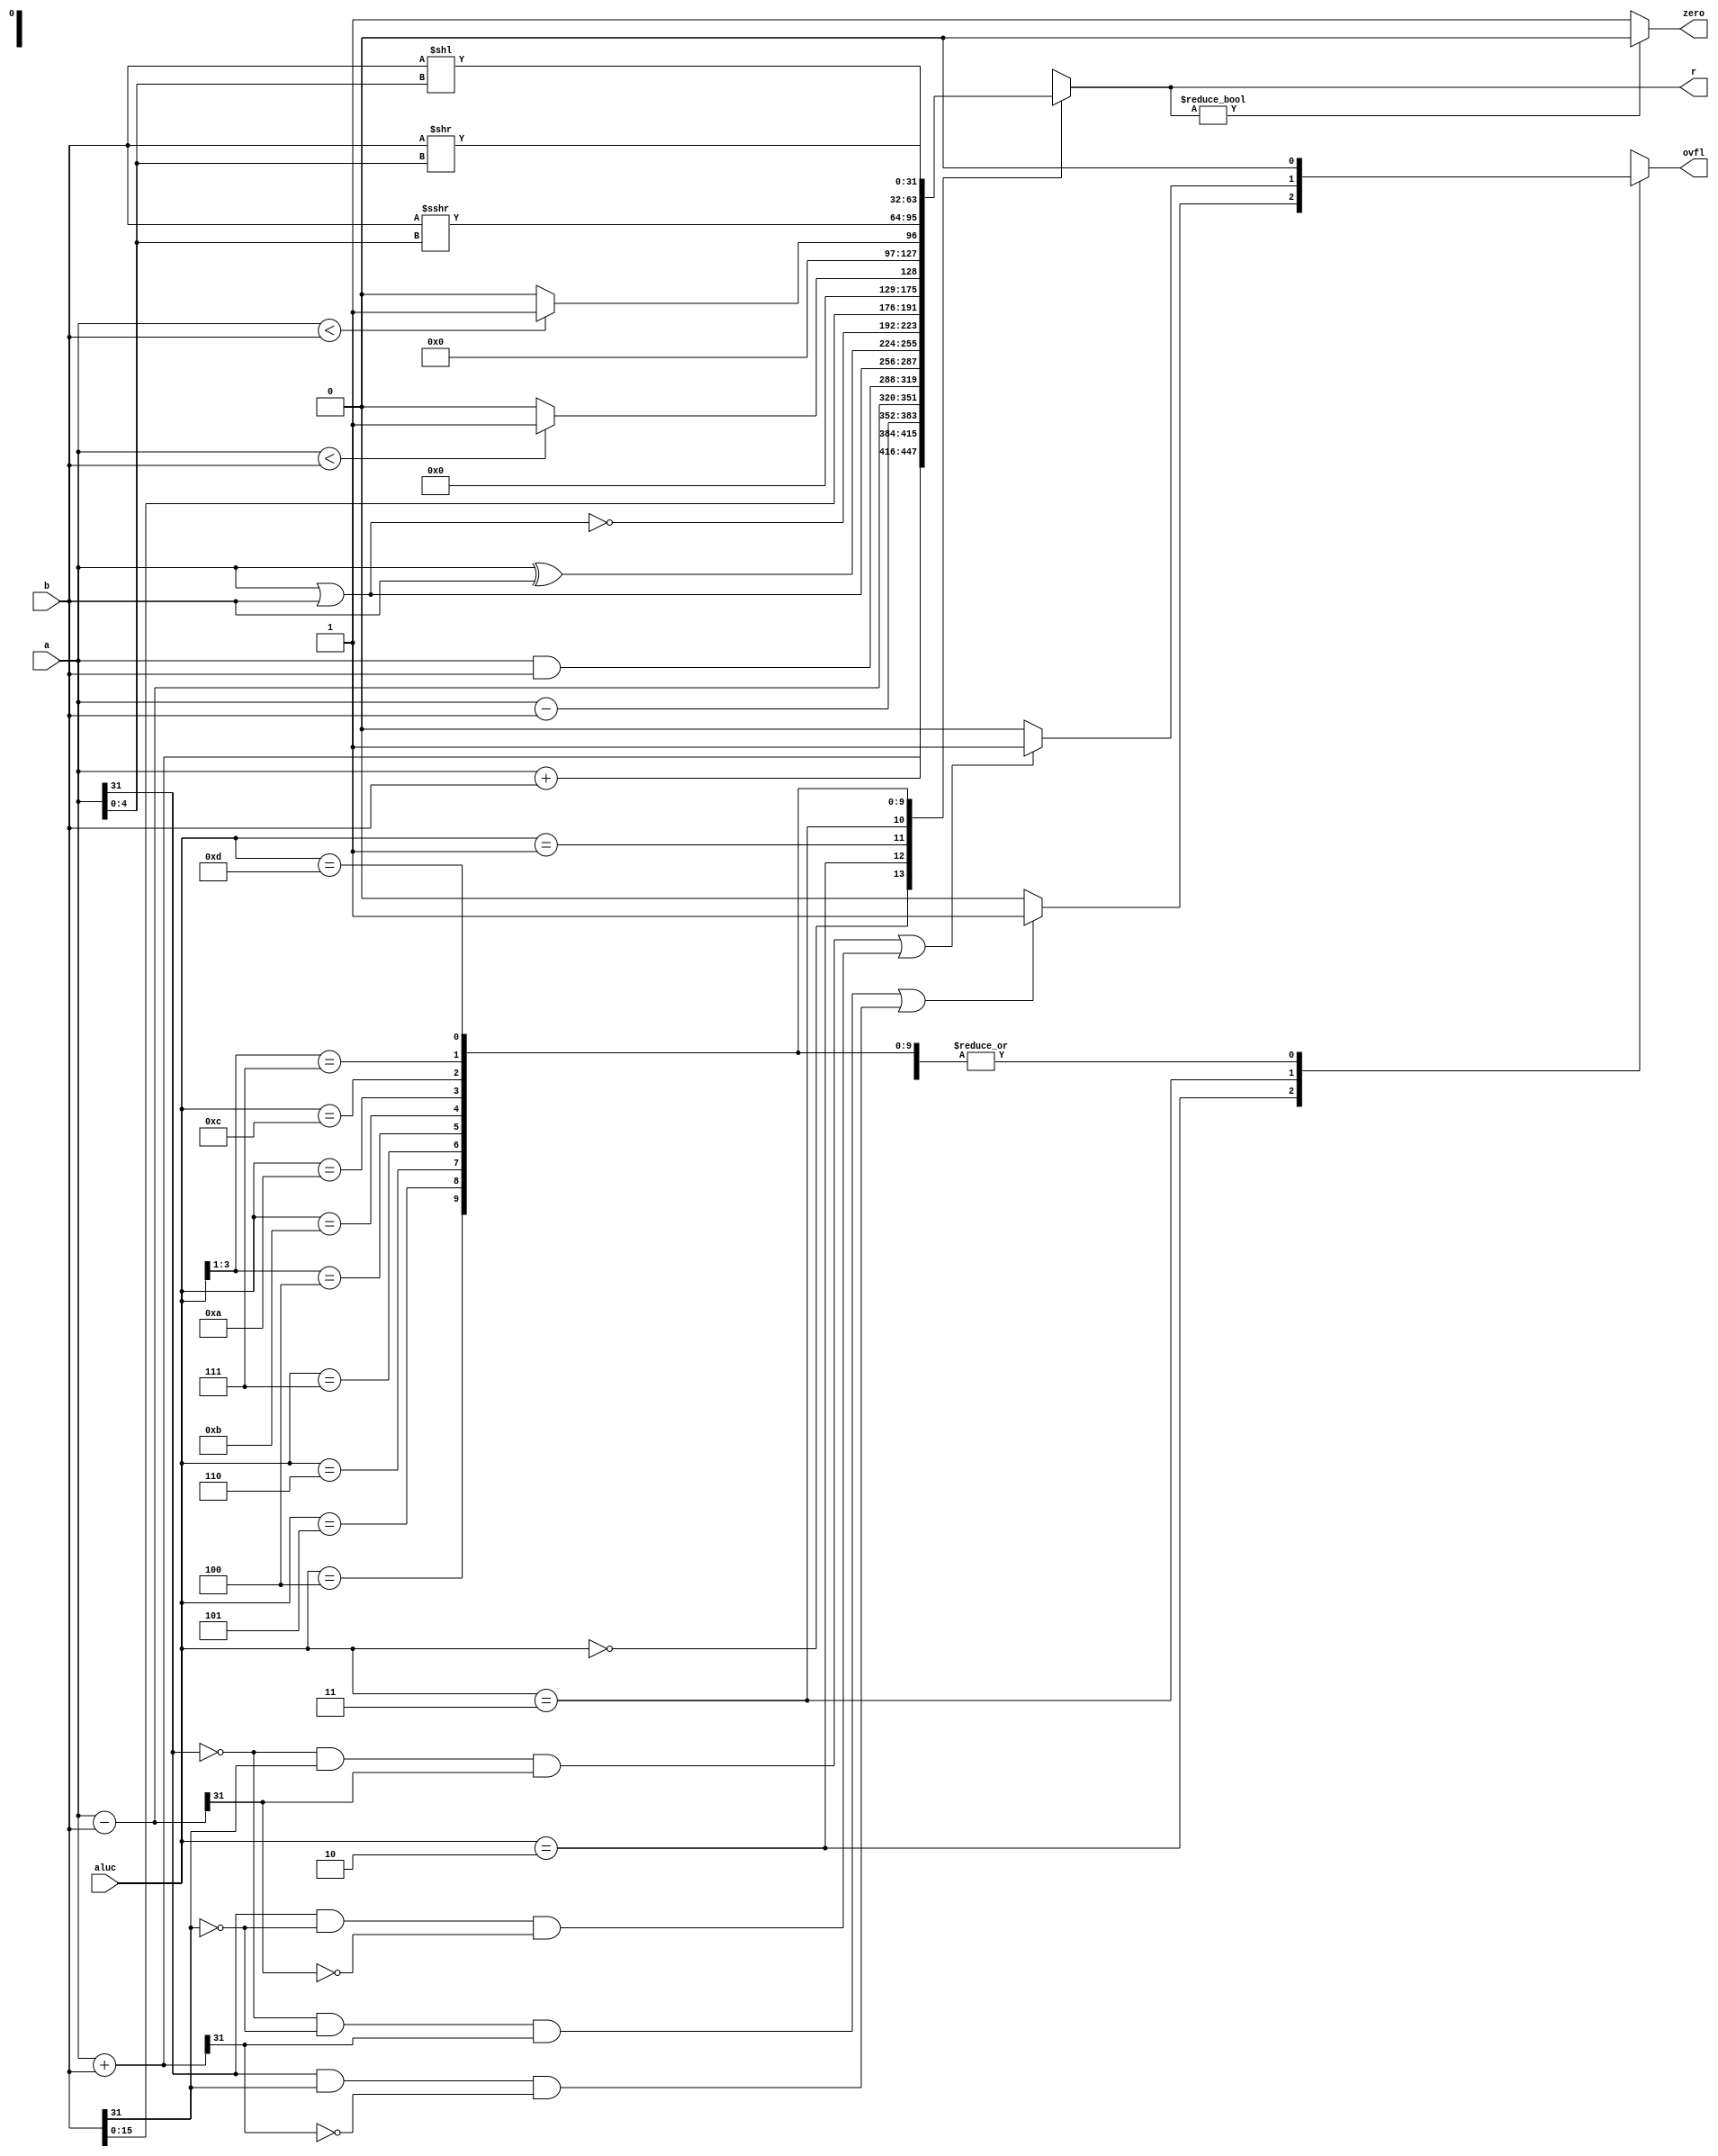
`timescale 1ns / 1ps
//////////////////////////////////////////////////////////////////////////////////
// Company: 
// Engineer: 
// 
// Design Name: 
// Module Name:    ALU 
// Project Name: 
// Target Devices: 
// Tool versions: 
// Description: 
//
// Dependencies: 
//
// Revision: 
// Revision 0.01 - File Created
// Additional Comments: 
//
//////////////////////////////////////////////////////////////////////////////////
module alu(
	input [31:0] a, // 32 1
	input [31:0] b, // 32 2
	input [3:0] aluc, // 4 alu 
	output [31:0] r, // 32 a b aluc 
	output zero,	 // 0 
	output ovfl  // overflow
	);

	reg [31:0] tmp0,tmp1,tmp4,tmp5,tmp6,tmp7,tmp8,tmp10,tmp12,tmp14,tmp13;
	reg signed [31:0] tmp2,tmp3,tmp11;
	reg [31:0] tmpr;
	reg tmpz,tmpo;
	
	assign r = tmpr;
	assign zero = tmpz;
	assign ovfl = tmpo;
	
	always @* begin
		tmpo = 0;
		tmpr = 0;
		tmpz = 0;
		
		tmp0 = a + b;
		tmp2 = $signed(a) + $signed(b);
		tmp1 = a - b;
		tmp3 = $signed(a) - $signed(b);
		tmp4 = a & b;
		tmp5 = a | b;
		tmp6 = a ^ b;
		tmp7 = ~(a | b);
		tmp8 = {b[15:0],16'b0};
		tmp11 = $signed(a) < $signed(b) ? 1 : 0;
		tmp10 = a < b ? 1 : 0;
		tmp12 = $signed(b) >>> a[4:0];
		tmp14 = b << a[4:0];
		tmp13 = b >> a[4:0];
		
		casex(aluc)
			4'b0000: begin
				tmpr = tmp0;
			end
			4'b0010: begin
				tmpr = tmp2;
				if( (~a[31])&&(~b[31])&&tmpr[31] || a[31]&&b[31]&&(~tmpr[31]) ) begin
					tmpo = 1;
				end
			end
			4'b0001: begin
				tmpr = tmp1;
			end
			4'b0011: begin
				tmpr = tmp3;
				if( (~a[31])&&b[31]&&tmpr[31] || a[31]&&(~b[31])&&(~tmpr[31]) )begin
					tmpo = 1;
				end
			end
			4'b0100: begin
				tmpr = tmp4;
			end
			4'b0101: begin
				tmpr = tmp5;
			end
			4'b0110: begin
				tmpr = tmp6;
			end
			4'b0111: begin
				tmpr = tmp7;
			end
			4'b100x: begin
				tmpr = tmp8;
			end
			4'b1011:begin
				tmpr = tmp11;
			end
			4'b1010: begin
				tmpr = tmp10;
			end
			4'b1100: begin
				tmpr = tmp12;
			end
			4'b111x: begin
				tmpr = tmp14;
			end
			4'b1101: begin
				tmpr = tmp13;
			end
		endcase
		
		if(tmpr) tmpz = 0;
		else tmpz = 1;
	end
	
endmodule

module adddd(
	input [31:0] a,
	input [31:0] b,
	output [31:0] c
);
	reg [31:0] tmp;
	
	assign c = tmp;
	always @* begin
		tmp = a + b;
	end

endmodule